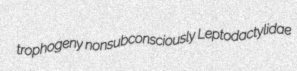
trophogeny nonsubconsciously Leptodactylidae